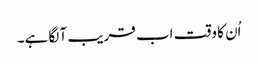
اُن کا وقت اب قریب آ لگا ہے۔